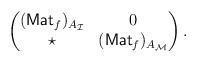
LaTeX: \begin{align*}\begin{pmatrix} (\mathsf{Mat}_f)_{A_\mathcal{I}}& 0\\ \star & (\mathsf{Mat}_f)_{A_\mathcal{M}}\\\end{pmatrix}.\end{align*}